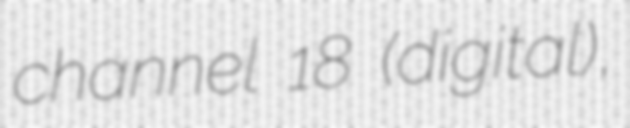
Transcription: channel 18 (digital),